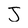
Character: J